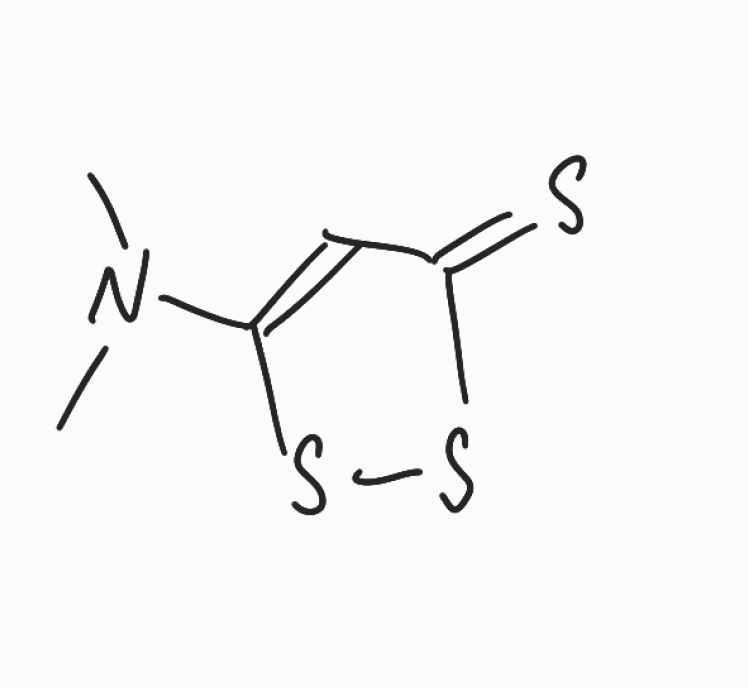
Simplified molecular-input line-entry system (SMILES) notation of the given molecule:
CN(C)C1=CC(=S)SS1